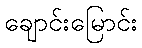
ချောင်းမြောင်း